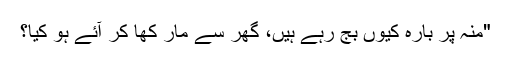
"منہ پر بارہ کیوں بج رہے ہیں، گھر سے مار کھا کر آئے ہو کیا؟